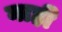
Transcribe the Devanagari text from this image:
नाहीे